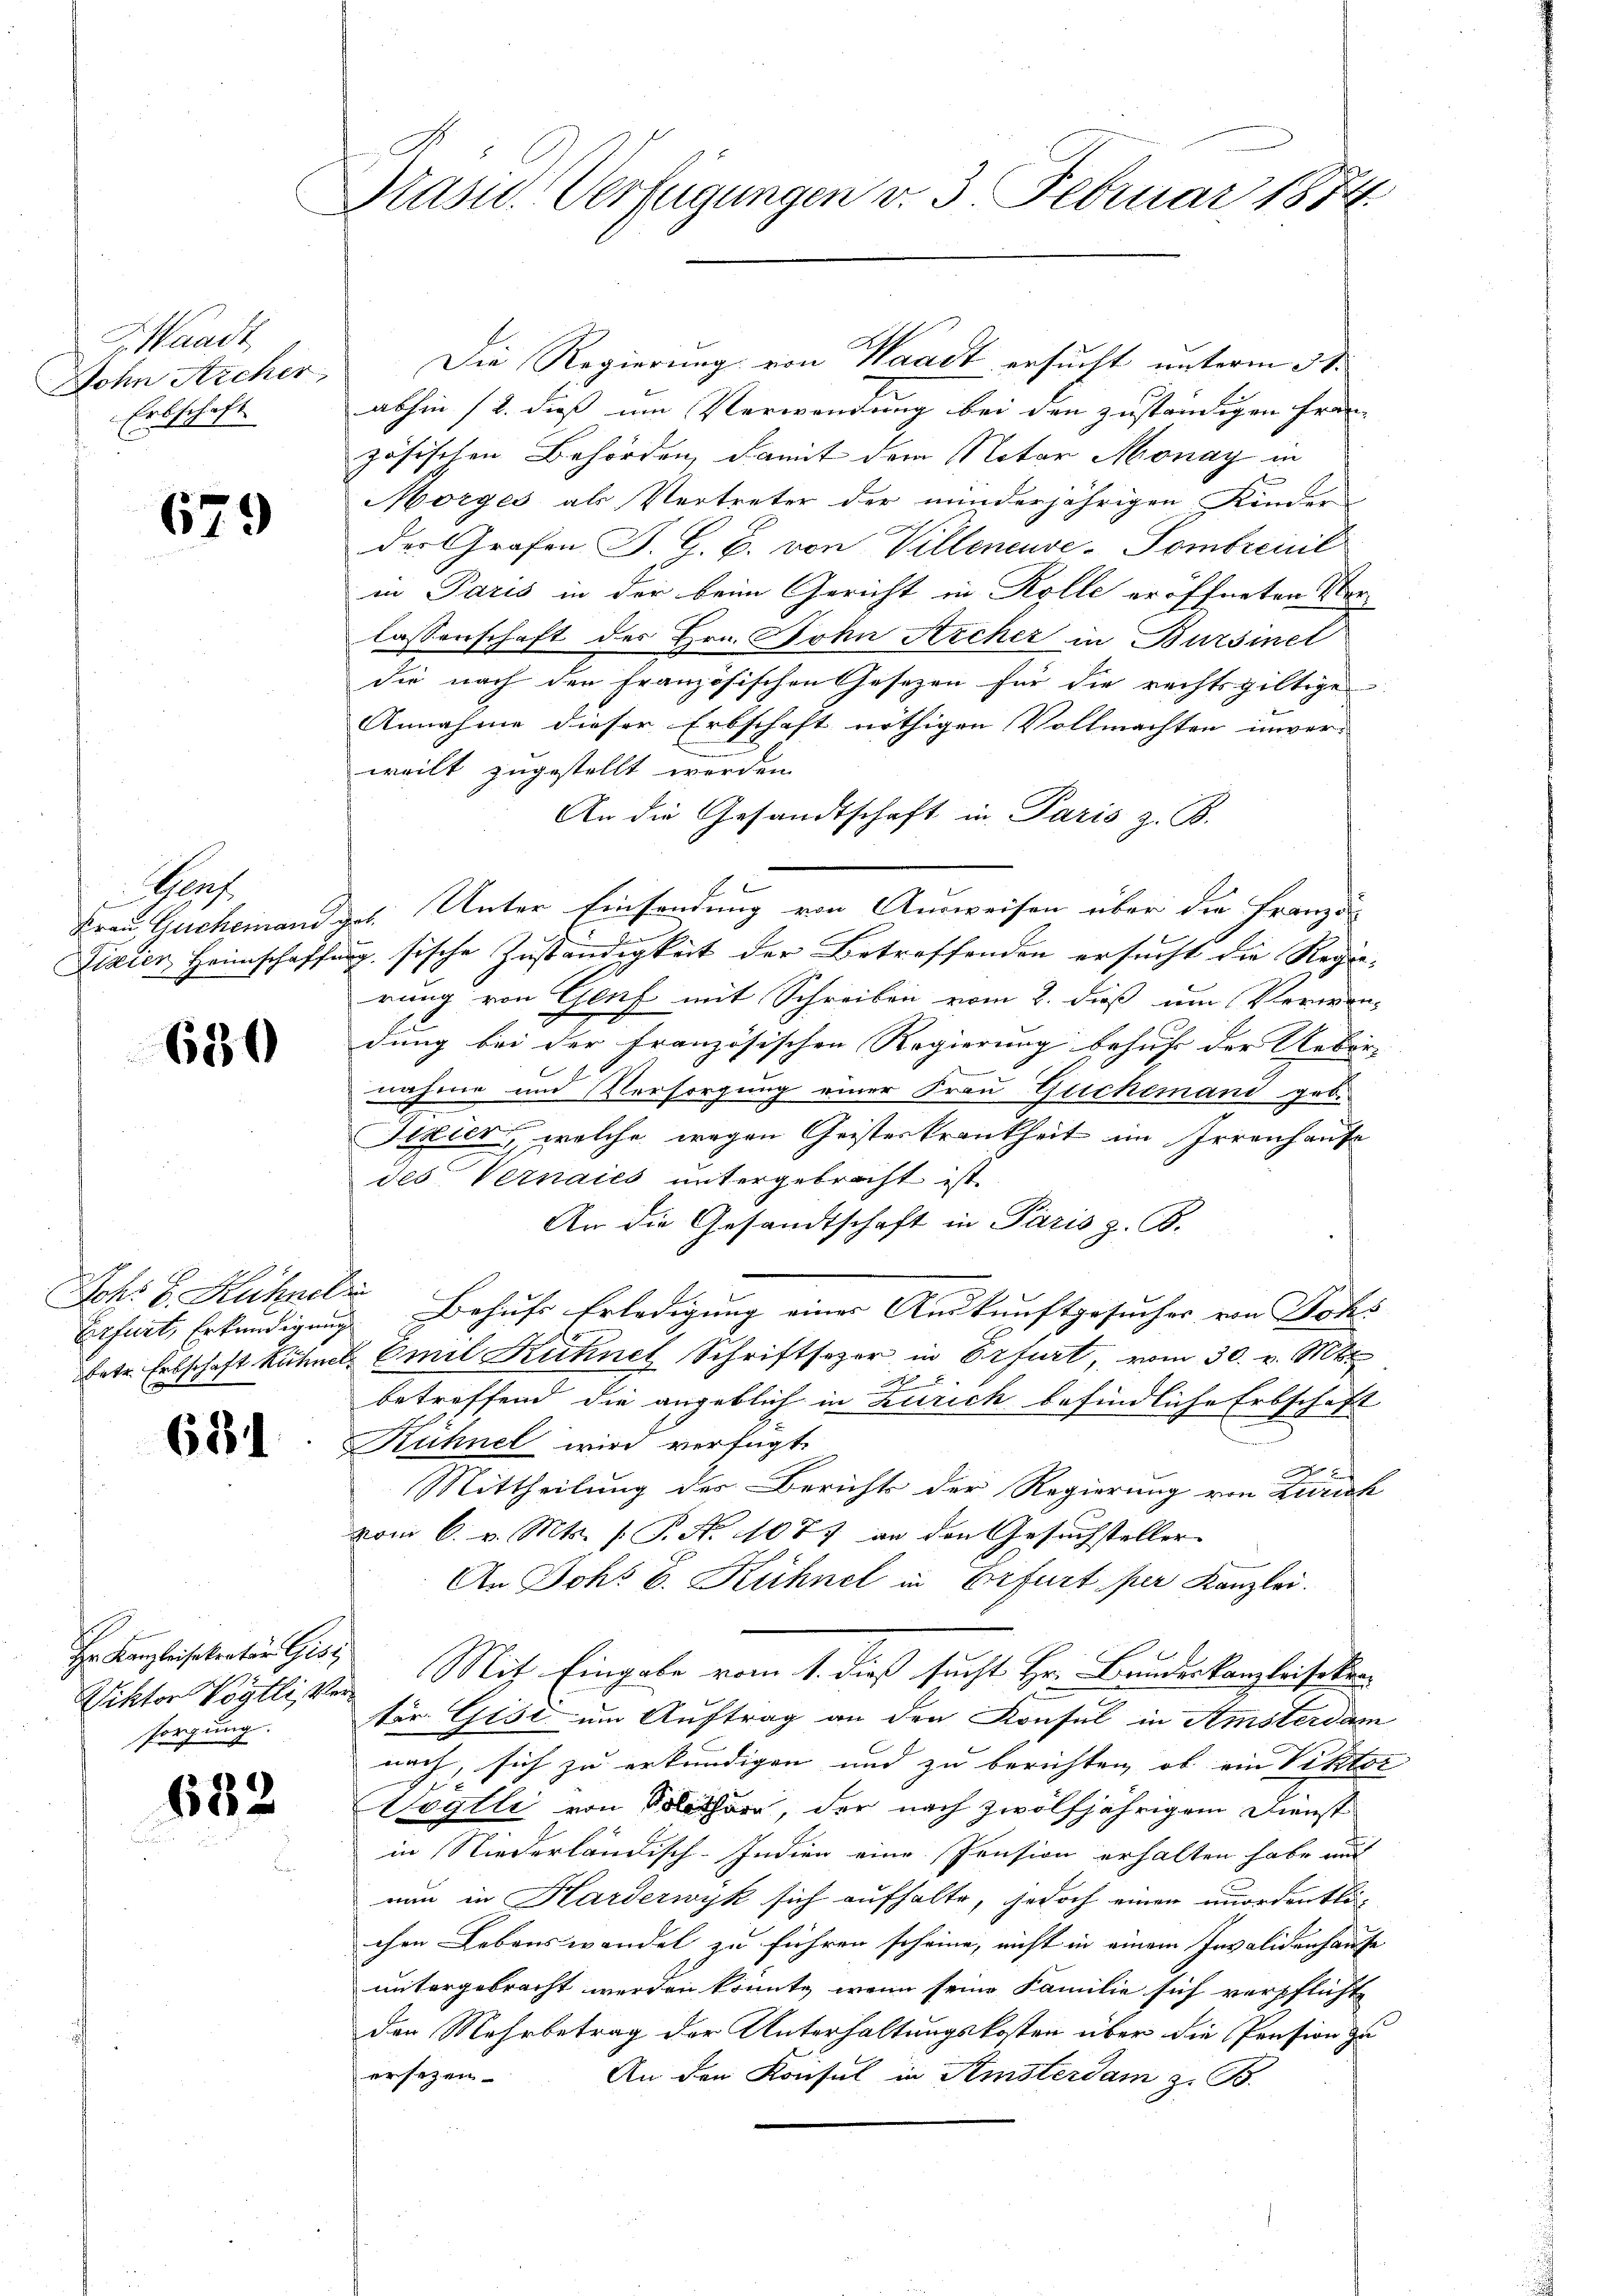
H. Waadt
Dohn Archer
Erbschaft.

679

Gopf

620

Joh: B. Kühneli

631

Hr Kanzleisekretär Gisi,
sorgung.

682

Drasu. Verfügungen v. 3. Februar 1874

Die Regierung von Waadt ersucht unterm 3 S.
abhin 12. dieß um Verwendung bei den zuständigen Frei- |
zösischen Behörden, damit dem Notor Monay in
Morges als Vertreter der minderjährigen Kinder
der Grafen J. G. B. von Villeneuve-Pombreit
in Paris in der beim Gericht in Kolle eröffneten Verlassenschaft des Hrn. Sohn Archer in Bursinel
die nach den französischen Gesetzen für die rechtsgültige
Annahme dieser Erbschaft nöthigen Vollmachten unver- |
weilt zugestellt werden.
An die Gesandtschaft in Paris z. B.
Frau Gucheinand gut. Unter Einsendung von Ausweisen über die Französ
Fizier Heimschaffung sische Zuständigkeit der Betreffenden ersucht die Regierung von Genf mit Schreiben vom 2. dieß um Verwen-
dung bei der französischen Regierung behuf der Ueber- |
nahme und Versorgung einer Frau Guckemand geb.
Sizier, welche wegen Geisterkrankheit im Irrenhaufe
des Vernaies untergebracht ist.
An die Gesandtschaft in Paris z. B.
Erfurt, Erkundigung. Behufs Erledigung einer Auskunftgesuches von Johs
betr. Erbschaft kühl. Emil Kuhnet Schriftsezer in Erfurt, vom 30. v. Mts
N 5
betreffend die angeblich in Zürich befindliche Erbschaft
Kühnel wird verfügt:
Mittheilung der Berichts der Regierung von Zürich
vom 6. v. Mts. (T. N. 11077 an den Gesuchsteller
An Joh. E. Kühnel in Erfurt per Kanzlei.
Rektor Vögtliker Mit Eingabe vom 1. dieß sucht Hr. Bundeskanzleisekretor Gisi um Auftrag an den Konsul in Amsterdam
nach, sich zu erkundigen und zu berichten, ob ein Viktor
Vögtli von Solothur, der nach zwölfjährigem Dienst
in Niederländisch-Indien eine Pension erhalten habe auch
nun in Karderwyk sich aufhalte, jedoch einen unordentlichen Lebenswandel zu führen scheine, nicht in einem Invalidenhause
untergebracht werden könnte, wenn seine Familie sich verpflicht
den Mehrbetrag der Unterhaltungskosten über die Pension zu
ersetzen.
An den Konsul in Amsterdam z. B.